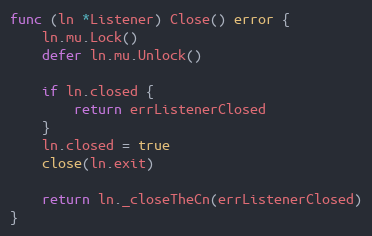
Language: Go
func (ln *Listener) Close() error {
	ln.mu.Lock()
	defer ln.mu.Unlock()

	if ln.closed {
		return errListenerClosed
	}
	ln.closed = true
	close(ln.exit)

	return ln._closeTheCn(errListenerClosed)
}